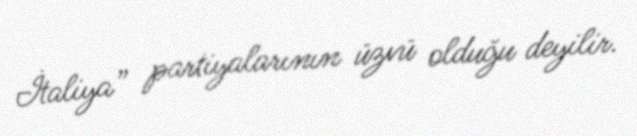
İtaliya” partiyalarının üzvü olduğu deyilir.